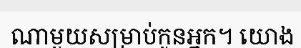
ណាមួយសម្រាប់កូនអ្នក។ យោង